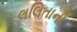
લલિતાની